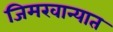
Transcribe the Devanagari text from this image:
जिमखान्यात